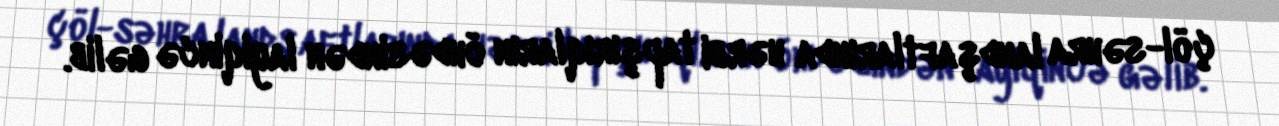
çöl-səhra landşaftlarında hərbi tapşırıqların öhdəsindən layiqincə gəlib.